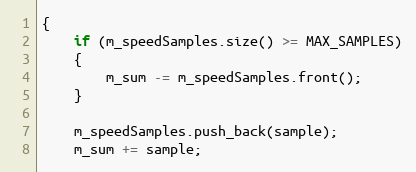
Language: C++
{
    if (m_speedSamples.size() >= MAX_SAMPLES)
    {
        m_sum -= m_speedSamples.front();
    }

    m_speedSamples.push_back(sample);
    m_sum += sample;